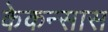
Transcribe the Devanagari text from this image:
केकन्सास